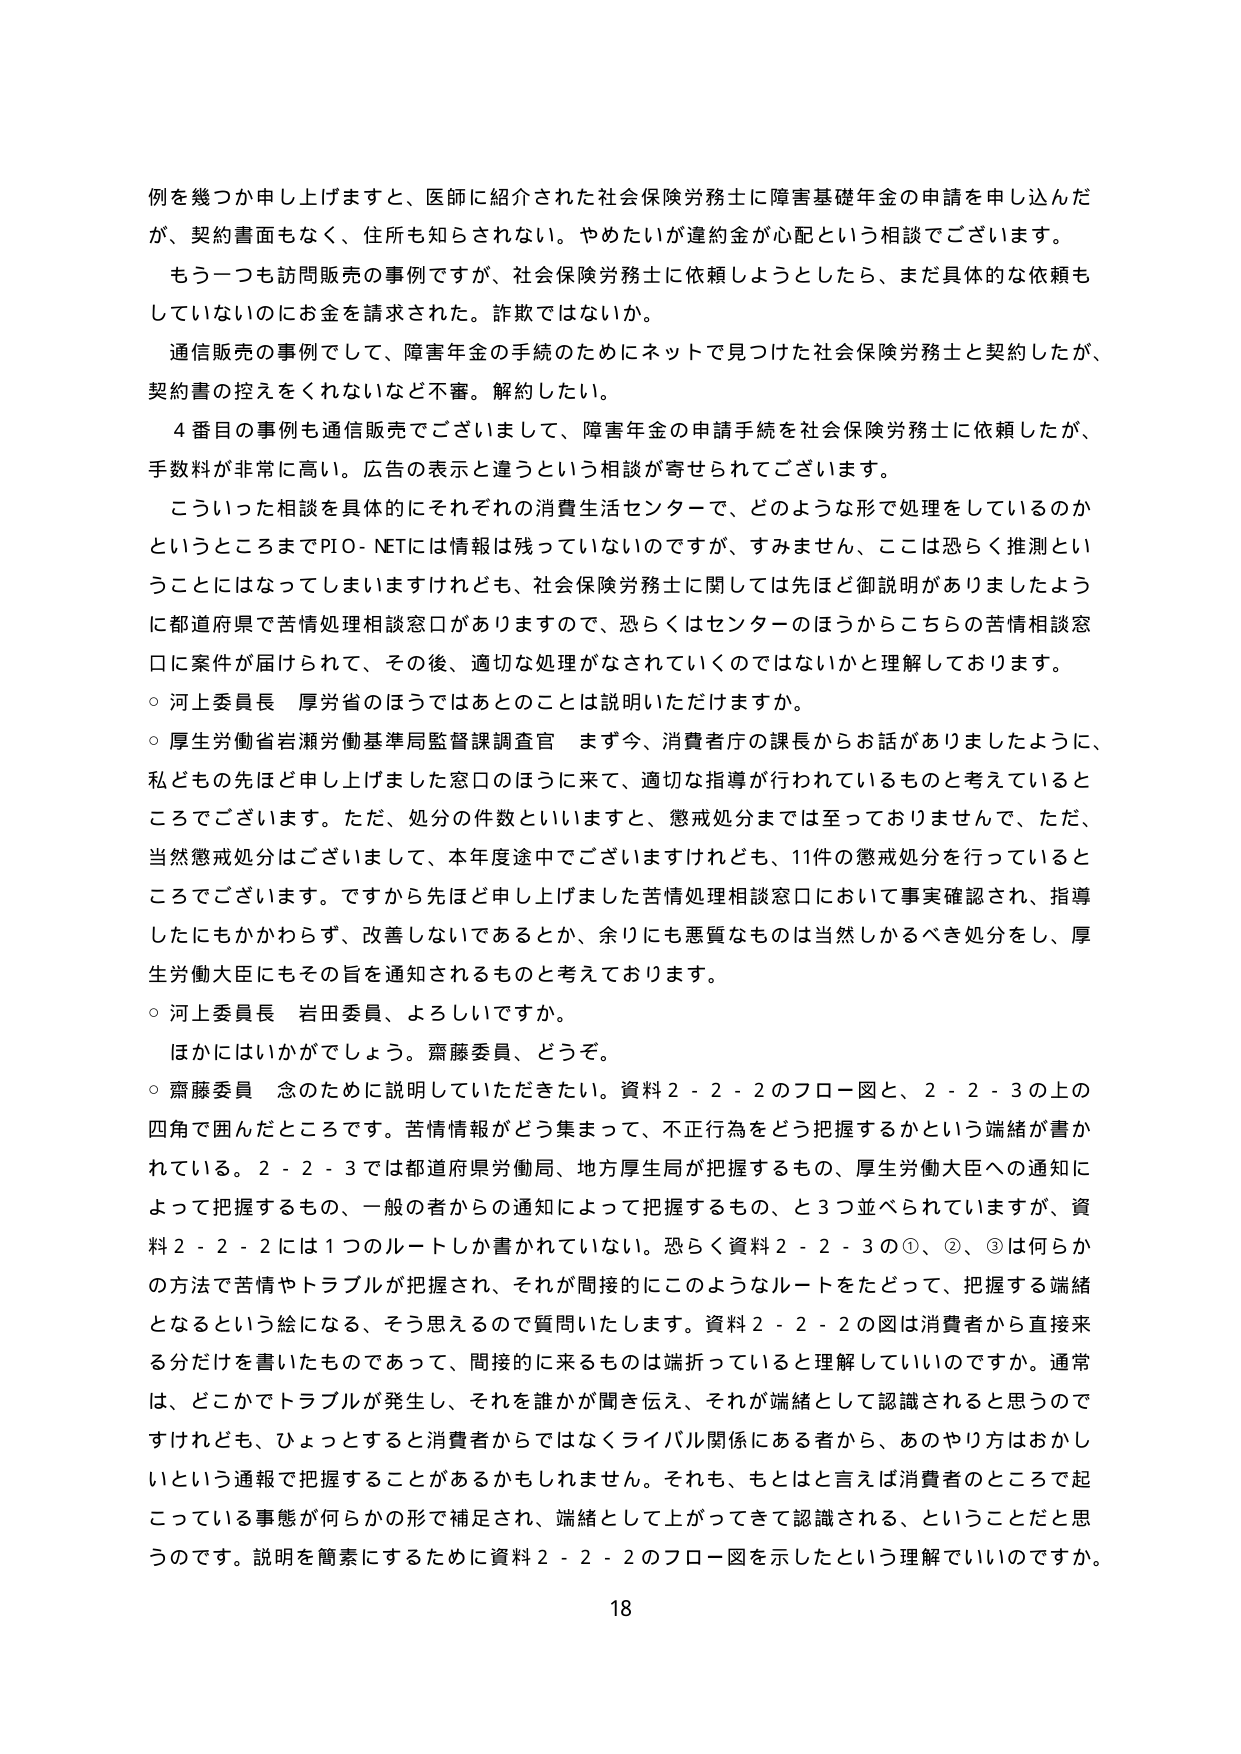
例を幾つか申し上げますと、医師に紹介された社会保険労務士に障害基礎年金の申請を申し込んだが、契約書面もなく、住所も知らされない。やめたいが違約金が心配という相談でございます。

もう一つも訪問販売の事例ですが、社会保険労務士に依頼しようとしたら、まだ具体的な依頼もしていないのにお金を請求された。詐欺ではないか。

通信販売の事例として、障害年金の手続のためにネットで見つけた社会保険労務士と契約したが、契約書の控えをくれないなど不審。解約したい。

４番目の事例も通信販売でございまして、障害年金の申請手続を社会保険労務士に依頼したが、手数料が非常に高い。広告の表示と違うという相談が寄せられてございます。

こういった相談を具体的にそれぞれの消費生活センターで、どのような形で処理をしているのかというところまでPIO-NETには情報は残っていないのですが、すみません、ここは恐らく推測ということになってしまいますがけれども、社会保険労務士に関しては先ほど御説明がありましたように都道府県で苦情処理相談窓口がありますので、恐らくはセンターのほうからこちらの苦情相談窓口に案件が届けられて、その後、適切な処理がなされていくのではないかと理解しております。

○ 河上委員長 厚労省のほうではあとのことは説明いただけますか。

○ 厚生労働省岩瀬労働基準局監督課調査官 まず今、消費者庁の課長からお話がありましたように、私どもの先ほど申し上げました窓口のほうに来て、適切な指導が行われているものと考えているところでございます。ただ、処分の件数といいますと、懲戒処分までは至っておりませんで、ただ、当然懲戒処分はございますし、本年度途中でございますけれども、11件の懲戒処分を行っているところでございます。ですから先ほど申し上げました苦情処理相談窓口において事実確認され、指導したにもかかわらず、改善しないであるとか、余りにも悪質なものは当然しかるべき処分をし、厚生労働大臣にもその旨を通知されるものと考えております。

○ 河上委員長 岩田委員、よろしいですか。

ほかにはいかがでしょう。齋藤委員、どうぞ。

○ 齋藤委員 念のために説明していただきたい。資料２－２－２のフロー図と、２－２－３の上の四角で囲んだところです。苦情情報がどう集まって、不正行為をどう把握するかという端緒が書かれている。２－２－３では都道府県労働局、地方厚生局が把握するもの、厚生労働大臣への通知によって把握するもの、一般の者からの通知によって把握するもの、と３つ並べられていますが、資料２－２－２には１つのルートしか書かれていない。恐らく資料２－２－３の①、②、③は何かの方法で苦情やトラブルが把握され、それが間接的にこのようなルートをたどって、把握する端緒となるという絵になる、そう思えるので質問いたします。資料２－２－２の図は消費者から直接来る分だけを書いたものであって、間接的に来るものは端折っていると理解していいのですか。通常は、どこかでトラブルが発生し、それを誰かが聞き伝え、それが端緒として認識されると思うのですけれども、ひょっとすると消費者からではなくライバル関係にある者から、あのやり方はおかしいという通報で把握することがあるかもしれません。それも、もとはといえば消費者のところで起こっている事態が何らかの形で補足され、端緒として上がってきて認識される、ということだと思うのです。説明を簡素にするために資料２－２－２のフロー図を示したという理解でいいのですか。

18